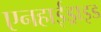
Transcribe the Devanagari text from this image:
एनहाईड्राइड